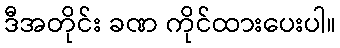
ဒီအတိုင်း ခဏ ကိုင်ထားပေးပါ။